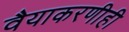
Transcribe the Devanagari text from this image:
वैयाकरणीही